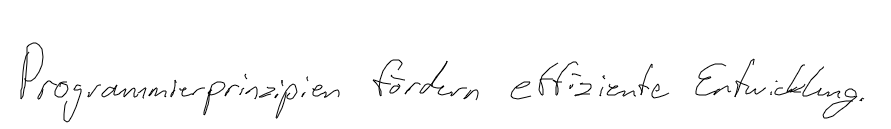
Programmierprinzipien fördern effiziente Entwicklung.